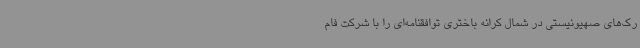
رک‌های صهیونیستی در شمال کرانه باختری توافقنامه‌ای را با شرکت فام